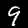
Digit: 9